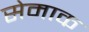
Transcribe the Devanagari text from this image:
सेमाक